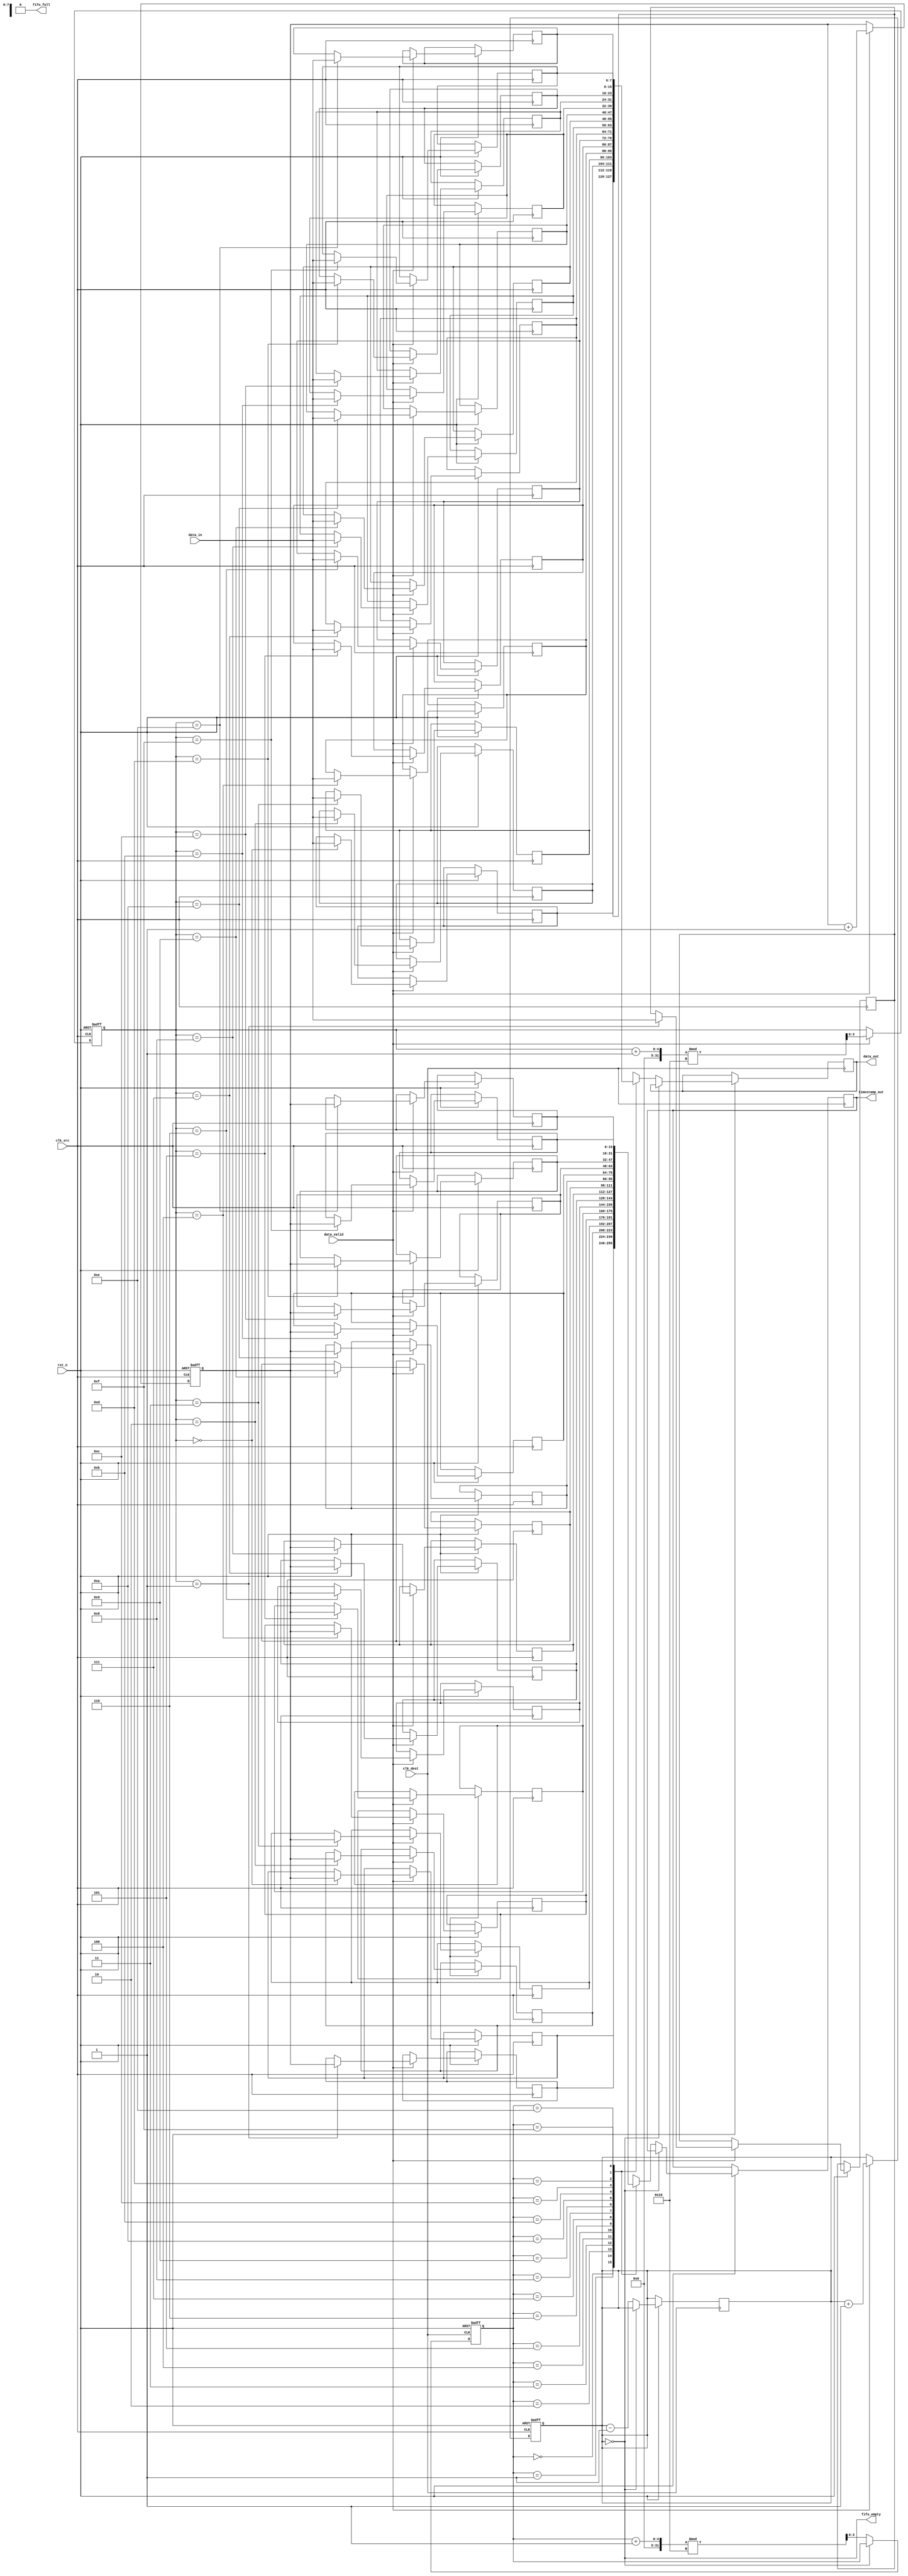
module TimeStampedSynchronizer #(
    parameter DATA_WIDTH = 8,      // Width of the data
    parameter TIMESTAMP_WIDTH = 16, // Width of the timestamp
    parameter FIFO_DEPTH = 16       // Depth of the FIFO
)(
    input wire clk_src,             // Source clock
    input wire clk_dest,            // Destination clock
    input wire rst_n,               // Active low reset
    input wire [DATA_WIDTH-1:0] data_in, // Data input from source memory
    input wire data_valid,          // Indicates valid data input
    output wire [DATA_WIDTH-1:0] data_out, // Data output to destination memory
    output wire [TIMESTAMP_WIDTH-1:0] timestamp_out, // Timestamp output
    output wire fifo_empty,         // FIFO empty flag
    output wire fifo_full           // FIFO full flag
);

    // FIFO buffer
    reg [DATA_WIDTH-1:0] fifo_data[FIFO_DEPTH-1:0];
    reg [TIMESTAMP_WIDTH-1:0] fifo_timestamp[FIFO_DEPTH-1:0];
    reg [3:0] write_pointer = 0;
    reg [3:0] read_pointer = 0;
    reg [3:0] fifo_count = 0;

    // Timestamp generator
    reg [TIMESTAMP_WIDTH-1:0] timestamp_counter = 0;

    // Write logic (synchronized to clk_src)
    always @(posedge clk_src or negedge rst_n) begin
        if (!rst_n) begin
            write_pointer <= 0;
            fifo_count <= 0;
            timestamp_counter <= 0;
        end else if (data_valid && !fifo_full) begin
            fifo_data[write_pointer] <= data_in;
            fifo_timestamp[write_pointer] <= timestamp_counter;
            write_pointer <= (write_pointer + 1) % FIFO_DEPTH;
            fifo_count <= fifo_count + 1;
            timestamp_counter <= timestamp_counter + 1; // Increment timestamp
        end
    end

    // Read logic (synchronized to clk_dest)
    always @(posedge clk_dest or negedge rst_n) begin
        if (!rst_n) begin
            read_pointer <= 0;
        end else if (!fifo_empty) begin
            data_out <= fifo_data[read_pointer];
            timestamp_out <= fifo_timestamp[read_pointer];
            read_pointer <= (read_pointer + 1) % FIFO_DEPTH;
            fifo_count <= fifo_count - 1;
        end
    end

    // FIFO status flags
    assign fifo_empty = (fifo_count == 0);
    assign fifo_full = (fifo_count == FIFO_DEPTH);

endmodule